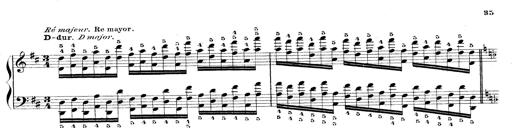
Title: Technische Studien
Composer: Franz Liszt